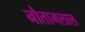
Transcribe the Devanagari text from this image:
नौतामलाल